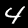
Label: 4